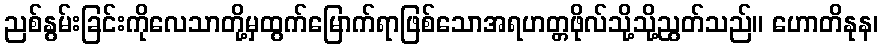
ညစ်နွမ်းခြင်းကိုလေသာတို့မှထွက်မြောက်ရာဖြစ်သောအရဟတ္တဖိုလ်သို့သို့ညွတ်သည်။ ဟောတိနုန၊